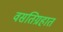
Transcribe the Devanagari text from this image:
वसतिग्रहात